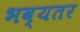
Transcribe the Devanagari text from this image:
भव्यतर